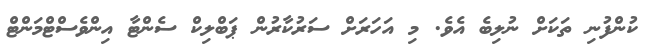
ކުންފުނި ތަކަށް ނުލިބެ އެވެ. މި އަހަރަށް ސަރުކާރުން ޕަބްލިކް ސެންޓާ އިންވެސްޓްމަންޓް